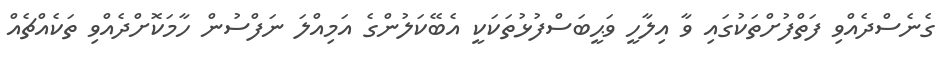
ގެނެސްދެއްވި ފަތްފުށްތަކުގައި ވާ އިލާހީ ވަޙީބަސްފުޅުތަކަކީ އެބޭކަލުންގެ އަމިއްލަ ނަފްސުން ހާމަކޮށްދެއްވި ތަކެއްޗެއް